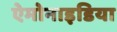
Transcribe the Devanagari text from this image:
ऐमोनाइडिया